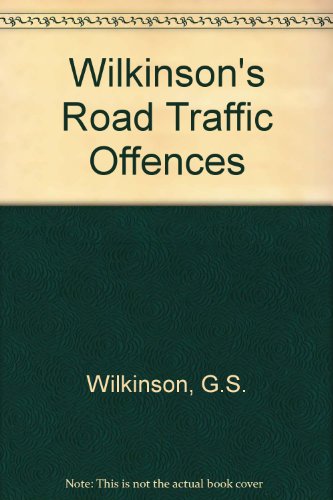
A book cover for Wilkinson's Road Traffic Offences; G.S. Wilkinson; Law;